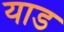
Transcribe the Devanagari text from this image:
याड